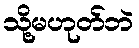
သို့မဟုတ်ဘဲ